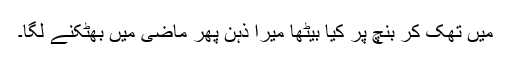
میں تھک کر بنچ پر کیا بیٹھا میرا ذہن پھر ماضی میں بھٹکنے لگا۔